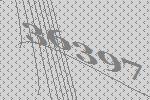
36397